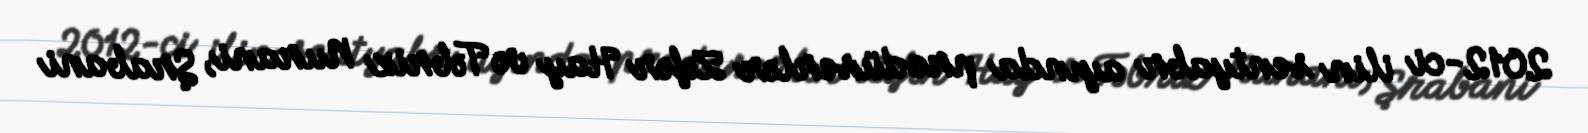
2012-ci ilin sentyabr ayında prodüserlər Zəfər Hay və Təbriz Nurani, Şrabani